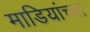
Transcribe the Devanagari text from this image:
माडियांच्या